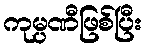
ကုမ္ပဏီဖြစ်ပြီး